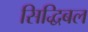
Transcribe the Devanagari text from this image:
सिद्धिबल